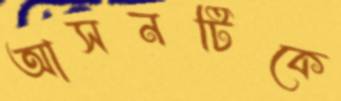
আসনটিকে